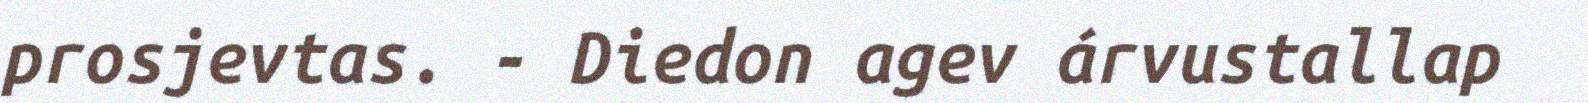
prosjevtas. - Diedon agev árvustallap